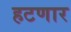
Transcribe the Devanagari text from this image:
हटणार